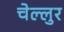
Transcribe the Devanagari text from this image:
चेल्लुर